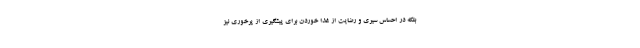
بلکه در احساس سیری و رضایت از غذا خوردن برای پیشگیری از پرخوری نیز